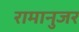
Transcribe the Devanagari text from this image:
रामानुजर